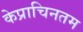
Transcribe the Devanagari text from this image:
केप्राचिनतम